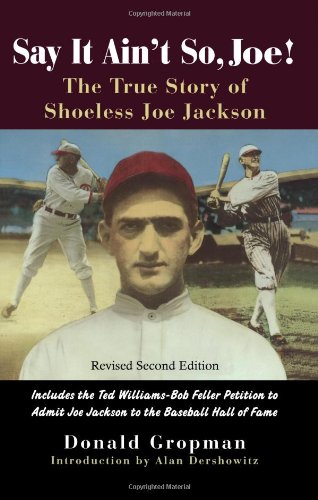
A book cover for Say It Ain't So, Joe!: The True Story of Shoeless Joe Jackson; Donald Gropman; Sports & Outdoors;